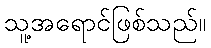
သူ့အရောင်ဖြစ်သည်။